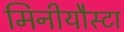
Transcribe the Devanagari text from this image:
मिनीयौस्टा